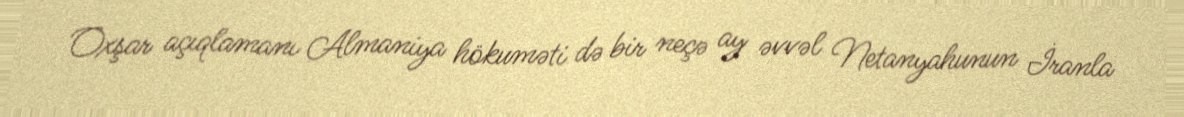
Oxşar açıqlamanı Almaniya hökuməti də bir neçə ay əvvəl Netanyahunun İranla